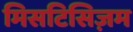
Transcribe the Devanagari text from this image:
मिसटिसिज़म